Document type: Sale
Year: 1461
Scribe: [Unknown]
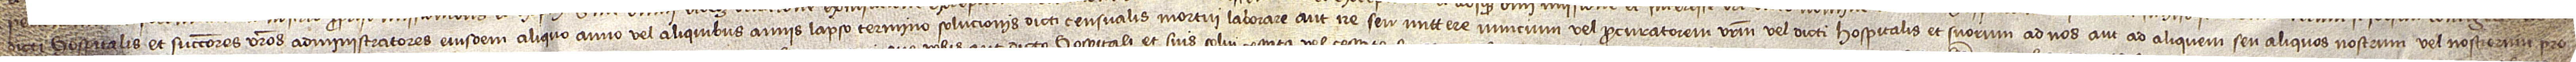
dicti hospitalis et successores vestros administratores eiusdem aliquo anno vel aliquibus annis lapso termino solucionis dicti censualis mortui laborare aut ire seu mittere nuncium vel procuratorem vestrum vel dicti hospitalis et suorum ad nos aut ad aliquem seu aliquos nostrum vel nostrorum pro